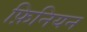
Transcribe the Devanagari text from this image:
फ़िनियन